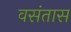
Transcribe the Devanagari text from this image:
वसंतास